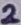
Text: 2